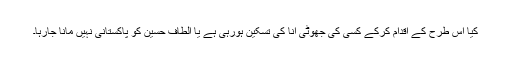
کیا اس طرح کے اقدام کرکے کسی کی جھوٹی انا کی تسکین ہورہی ہے یا الطاف حسین کو پاکستانی نہیں مانا جارہا۔